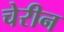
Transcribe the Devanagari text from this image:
चेरीन